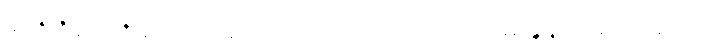
၄၆၅+၄၆၆+ လော။ အယံပိပဉှော၊ ဤပြဿနာမေးခွန်းသည်လည်း။